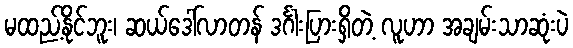
မထည့်နိုင်ဘူး၊ ဆယ်ဒေါ်လာတန် ဒင်္ဂါးပြားရှိတဲ့ လူဟာ အချမ်းသာဆုံးပဲ